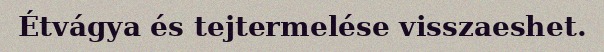
Étvágya és tejtermelése visszaeshet.